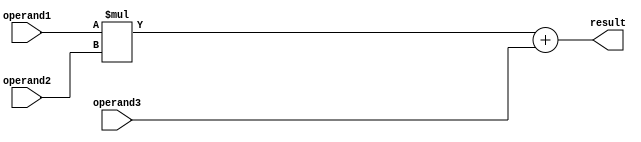
module FMA_FPU (
    input [31:0] operand1, // First floating-point operand
    input [31:0] operand2, // Second floating-point operand
    input [31:0] operand3, // Third floating-point operand
    output reg [31:0] result // Result of Fused Multiply-Add operation
);

// Intermediate signals
reg [63:0] product;
reg [31:0] sum;

// Unpacking the inputs and performing the multiplication
always @(*) begin
    product = operand1 * operand2;
end

// Adding the third operand to the result
always @(*) begin
    sum = product + operand3;
end

// Rounding the final result to specified precision
always @(*) begin
    result = sum; // Placeholder for rounding logic
    // Implement rounding logic here
    // result = Rounded final result
end

endmodule